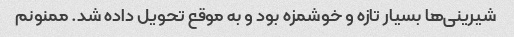
شیرینی‌ها بسیار تازه و خوشمزه بود و به موقع تحویل داده شد. ممنونم